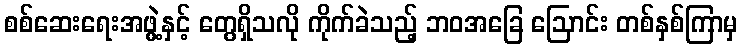
စစ်ဆေးရေးအဖွဲ့နှင့် တွေရှိသလို ကိုက်ခဲသည့် ဘဝအခြေ ဩောင်း တစ်နှစ်ကြာမှ